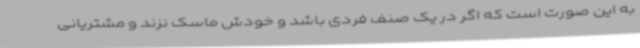
به این صورت است که اگر در یک صنف فردی باشد و خودش ماسک نزند و مشتریانی